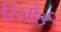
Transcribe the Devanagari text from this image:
रिज़ोर्ट